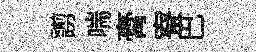
謭喘膏寮巴